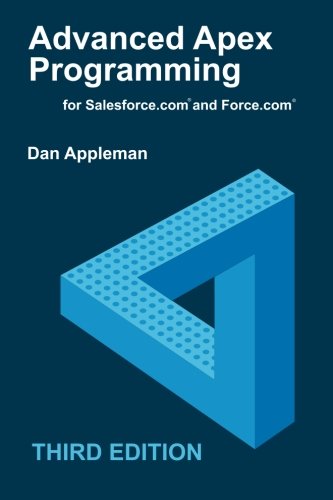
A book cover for Advanced Apex Programming for Salesforce.com and Force.com; Dan Appleman; Computers & Technology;